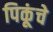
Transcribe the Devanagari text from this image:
पिकूंचे